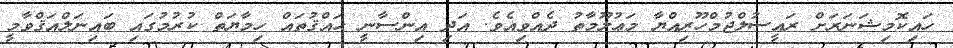
ހައިކޮމިޝަނަރަށް ރައީސުލްޖުމްހޫރިއްޔާ މަޢުލޫމާތު ދެއްވިއެވެ. އަދި އިންސާނީ ޙައްޤުތައް ހިމާޔަތް ކުރުމުގައި ބައިނަލްއަޤްވާމީ